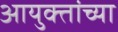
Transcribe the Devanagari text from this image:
आयुक्तांच्या